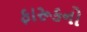
ફારૂકનો